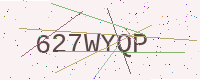
Text: 627WYQP